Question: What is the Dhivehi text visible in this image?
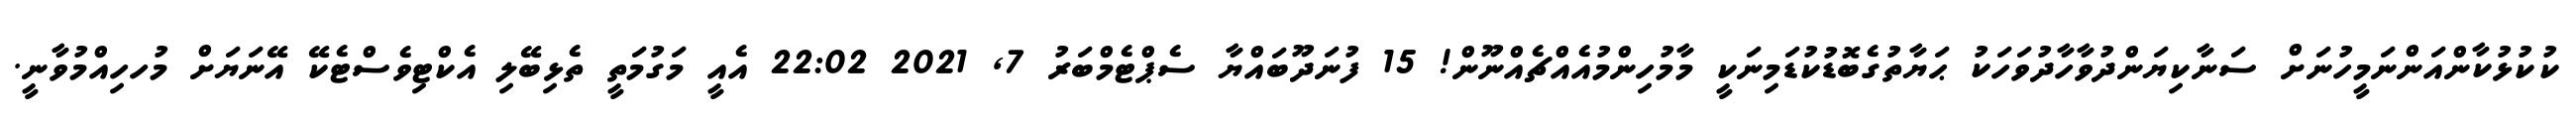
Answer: ކުކުޅުކާންއަންނަމީހުނަށް ސަނާކިޔަންދުވާހާދުވަހަކު ޙަޔާތުގެބޮޑުކުޑަމިނަކީ މާމުހިންމުއެއްޗެއްނޫން! 15 ފުނަދޫބައްޔާ ސެޕްޓެމްބަރު 7, 2021 22:02 އެއީ މަގުމަތީ ތެޅިބޭލި އެކްޓިވެސްޓެކޭ އޭނަޔަށް މުހހިއްމުވާނީ.